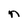
Character: n